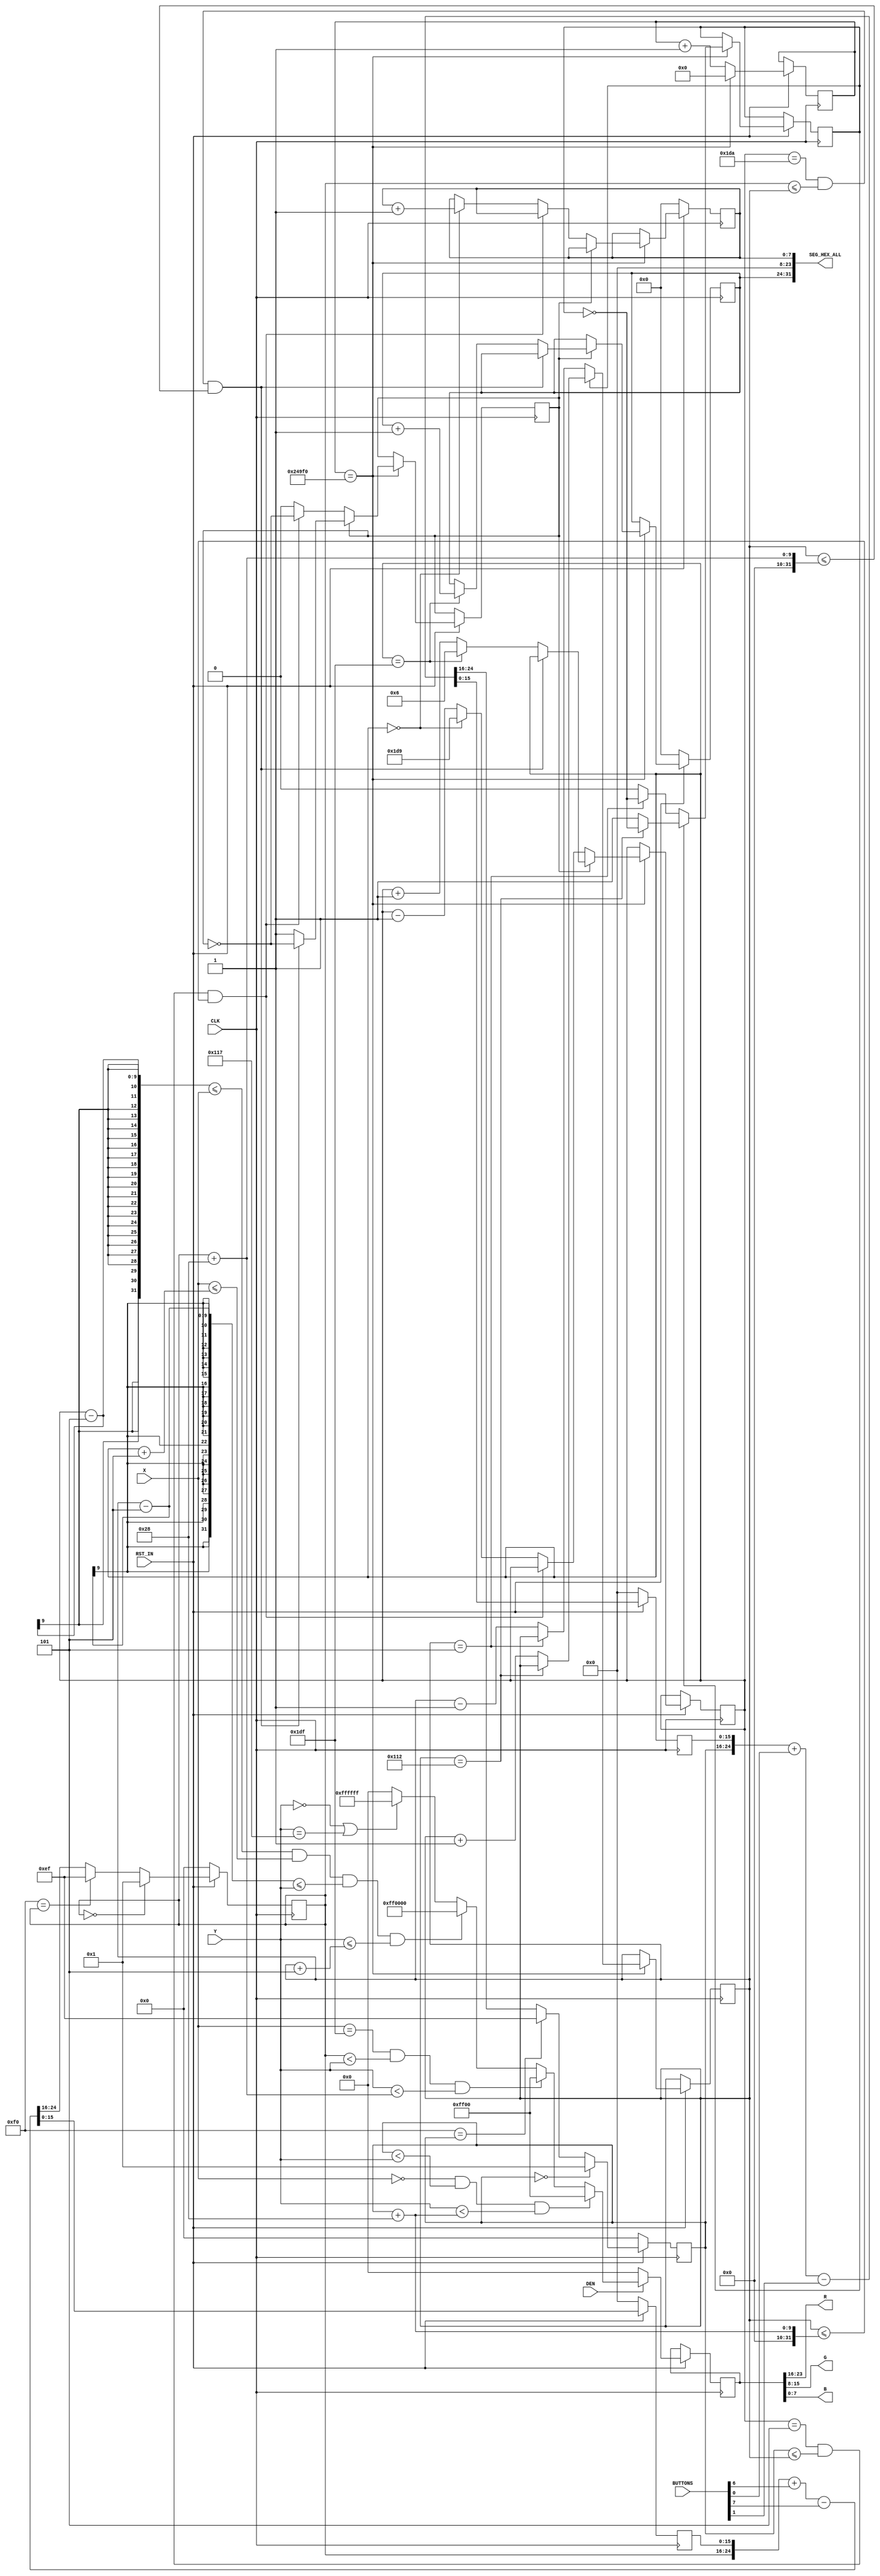
module lcdPong
#(
	parameter LCD_HEIGHT = 280,
	parameter LCD_WIDTH = 480
)
(
	input wire CLK,
	input wire RST_IN,
	output wire [7:0] R,
	output wire [7:0] G,
	output wire [7:0] B,
	input wire DEN,
	input wire [10:0] X,
	input wire [10:0] Y,
	output wire [31:0] SEG_HEX_ALL,
	input wire [7:0] BUTTONS
);

localparam BALL_SLOW = 32'd150_000;
localparam BALL_SIZE = 5;
localparam RACKET_SIZE = 40;
localparam RACKET_Y_SLOW = 15; // For humain control [14-18]

reg [23:0] color;
reg [31:0] cptTime;
reg [8:0] ballX;
reg [8:0] ballY;
reg ballDirX;
reg ballDirY;
reg [8:0] racket1Y;
reg [8:0] racket2Y;
reg [RACKET_Y_SLOW:0] racket1YSlowCpt;
reg [RACKET_Y_SLOW:0] racket2YSlowCpt;
reg [7:0] score1;
reg [7:0] score2;

always@(posedge CLK)
begin
	if (RST_IN == 0)
	begin
		racket1Y <= 0;
		racket1YSlowCpt <= 0;
		racket2Y <= 0;
		racket2YSlowCpt <= 0;
		score1 <= 0;
		score2 <= 0;
	end
	else
	begin
		// Update ball position
		if (cptTime == BALL_SLOW)
		begin
			cptTime <= 0;
			if (ballDirX)
			begin
				if (ballX == LCD_WIDTH-1-BALL_SIZE && racket2Y <= ballY && ballY <= racket2Y+RACKET_SIZE)
					ballDirX <= ~ballDirX;
				else if (ballX == LCD_WIDTH-1)
				begin
					ballX <= BALL_SIZE+1;
					score1 <= score1+1;
				end
				else
					ballX <= ballX + 1'b1;
			end
			else
			begin
				if (ballX == BALL_SIZE && racket1Y <= ballY && ballY <= racket1Y+RACKET_SIZE)
					ballDirX <= ~ballDirX;
				else if (ballX == 0)
				begin
					ballX <= LCD_WIDTH-2-BALL_SIZE;
					score2 <= score2+1;
				end
				else
					ballX <= ballX - 1'b1;
			end
			if (ballDirY)
			begin
				if (ballY == LCD_HEIGHT-1-BALL_SIZE)
					ballDirY <= ~ballDirY;
				else
					ballY <= ballY + 1'b1;
			end
			else
			begin
				if (ballY == BALL_SIZE)
					ballDirY <= ~ballDirY;
				else
					ballY <= ballY - 1'b1;
			end
		end
		else
			cptTime <= cptTime + 1'b1;

		// Update racket player 1 position
		{racket1Y, racket1YSlowCpt} <= {racket1Y, racket1YSlowCpt} + BUTTONS[0] - BUTTONS[1];
		if (racket1Y == 0)
			racket1Y <= 1;
		else if (LCD_HEIGHT-RACKET_SIZE == racket1Y)
			racket1Y <= LCD_HEIGHT-RACKET_SIZE-1;

		// Update racket player 2 position
		{racket2Y, racket2YSlowCpt} <= {racket2Y, racket2YSlowCpt} + BUTTONS[6] - BUTTONS[7];
		if (racket2Y == 0)
			racket2Y <= 1;
		else if (LCD_HEIGHT-RACKET_SIZE == racket2Y)
			racket2Y <= LCD_HEIGHT-RACKET_SIZE-1;

		// Update screen
		if (DEN)
		begin
			// Display racket player 1
			if (X==0 && racket1Y<Y && Y<racket1Y+RACKET_SIZE)
				color[23:0] <= 24'h00ff00;
			// Display racket player 2
			else if (X == LCD_WIDTH-1 && racket2Y<Y && Y<racket2Y+RACKET_SIZE)
				color[23:0] <= 24'h00ff00;
			// Display ball
			else if (ballX-BALL_SIZE <= X && X <= ballX+BALL_SIZE && ballY-BALL_SIZE <= Y && Y <= ballY+BALL_SIZE)
				color[23:0] <= 24'hff0000;
			// Display border
			else if (Y==0 || Y==LCD_HEIGHT-1)
				color[23:0] <= 24'hffffff;		
			else
				color[23:0] <= 24'h000000;
		end
		else
			color <= 24'h000000;
	end
end

assign R = color[23:16];
assign G = color[15:8];
assign B = color[7:0];

assign SEG_HEX_ALL = {score1, 8'b0, 8'b0, score2};

endmodule